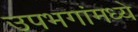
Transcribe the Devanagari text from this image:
उपभगांमध्ये